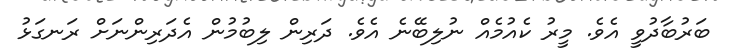
ބަރުބާދުވީ އެވެ. މީރު ކެއުމެއް ނުލިބޭނެ އެވެ. ދަރިން ލިބުމުން އެދަރިންނަށް ރަނގަޅު